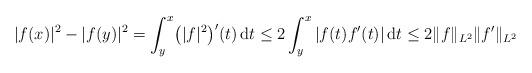
LaTeX: \begin{align*}|f(x)|^2-|f(y)|^2 = \int_{y}^{x} \bigl(|f|^2\bigr)'(t)\,\mathrm dt \leq 2\int_{y}^x |f(t)f'(t)|\,\mathrm dt\leq 2\|f\|_{L^2} \|f'\|_{L^2}\end{align*}